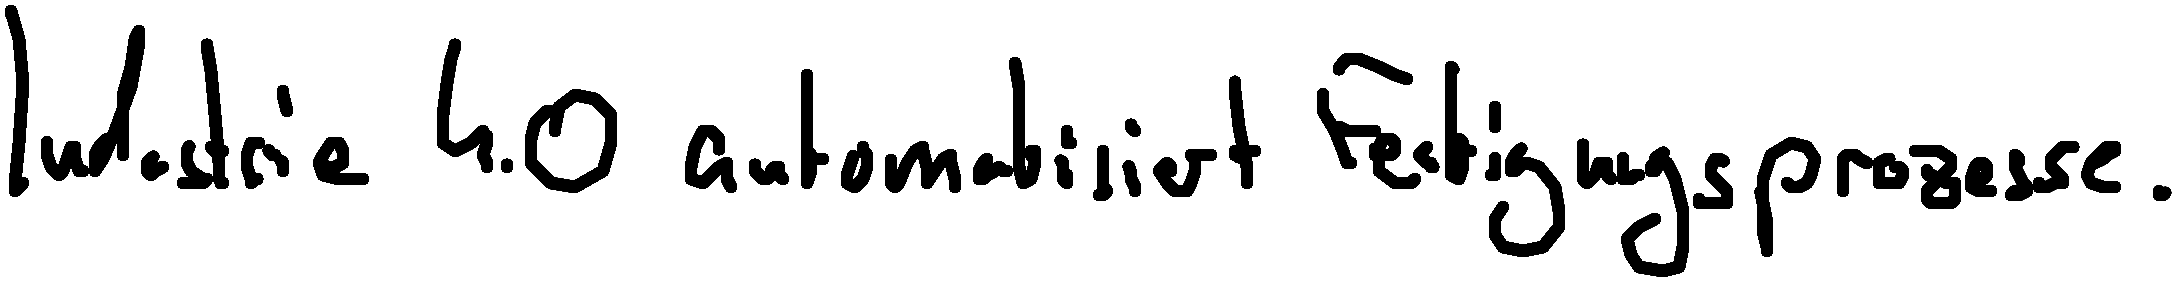
Industrie 4.0 automatisiert Fertigungsprozesse.